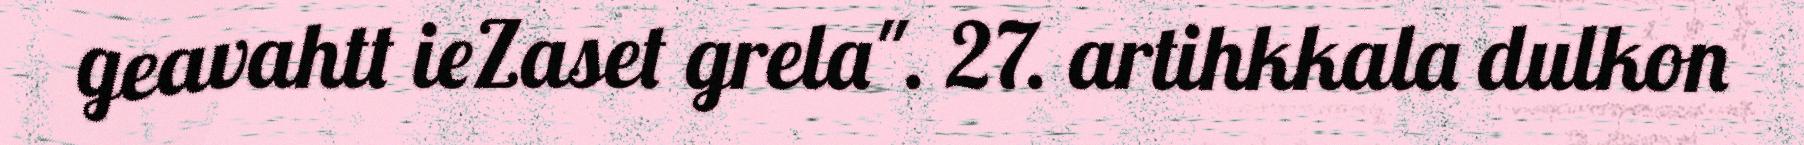
geavahtt ieZaset grela". 27. artihkkala dulkon